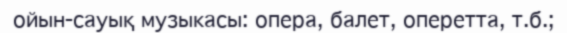
ойын-сауық музыкасы: опера, балет, оперетта, т.б.;